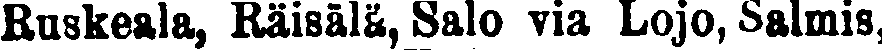
Ruskeala, Räisälä, Salo via Lojo, Salmis,